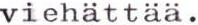
viehättää.